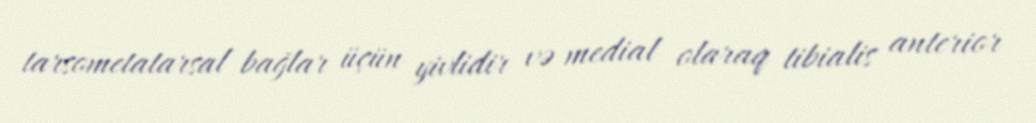
tarsometatarsal bağlar üçün yivlidir və medial olaraq tibialis anterior